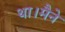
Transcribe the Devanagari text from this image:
था।मैने